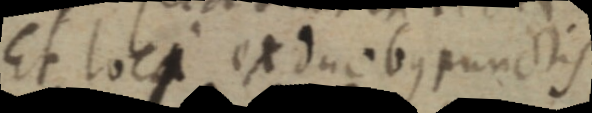
Et loci ex duobus punctis